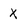
Character: X